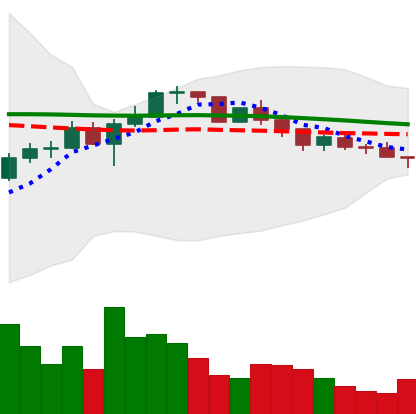
Ticker: LINK-USD
Chart end date: 2022-12-12
Forward return: -9.888%
Label: down_7plus